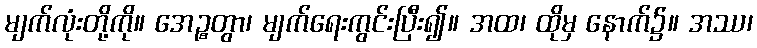
မျက်လုံးတို့ကို။ အေဉ္စတွာ၊ မျက်ရေးကွင်းပြီး၍။ အထ၊ ထိုမှ နောက်၌။ အဿ၊